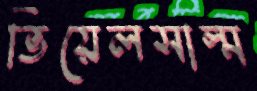
ভিয়েলসাল্ম